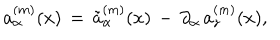
LaTeX: a _ { \alpha } ^ { ( m ) } ( x ) \, = \, \tilde { a } _ { \alpha } ^ { ( m ) } ( x ) \, - \, \partial _ { \alpha } \, a _ { z } ^ { ( m ) } ( x ) ,